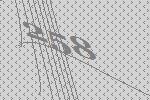
258